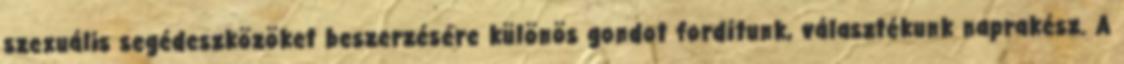
szexuális segédeszközöket beszerzésére különös gondot fordítunk, választékunk naprakész. A